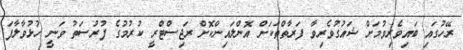
ރޭހުގައި ބައިވެރިވުމަށް ޝައުގުވެރިވާ ފަރާތްތަކަށް އޮންލައިންކޮށް ރަޖިސްޓްރީ ކުރުމުގެ ފުރުސަތު ވަނީ ހުޅުވާލާފަ